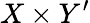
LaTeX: {X}\times{Y}^{\prime}